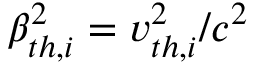
\beta _ { t h , i } ^ { 2 } = v _ { t h , i } ^ { 2 } / c ^ { 2 }